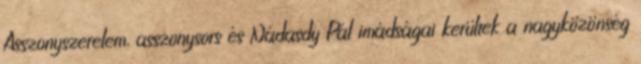
Asszonyszerelem, asszonysors és Nádasdy Pál imádságai kerültek a nagyközönség